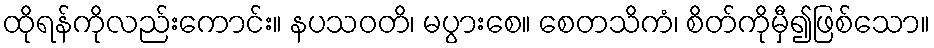
ထိုရန်ကိုလည်းကောင်း။ နပသဝတိ၊ မပွားစေ။ စေတသိကံ၊ စိတ်ကိုမှီ၍ဖြစ်သော။